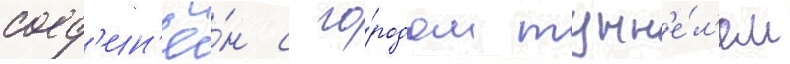
соед'ин'ё́н с го́родом тунн'е́л'ем